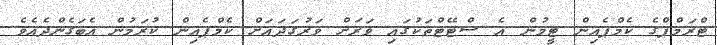
ޓްރަމްޕްގެ ކެމްޕެއިން ޓީމުން އެ ސްޓޭޓްތަކުގައި ވަރަށް ވަރުގަދައަށް ކެމްޕެއިން ކުރަމުން އެބަގެންދެއެވެ.